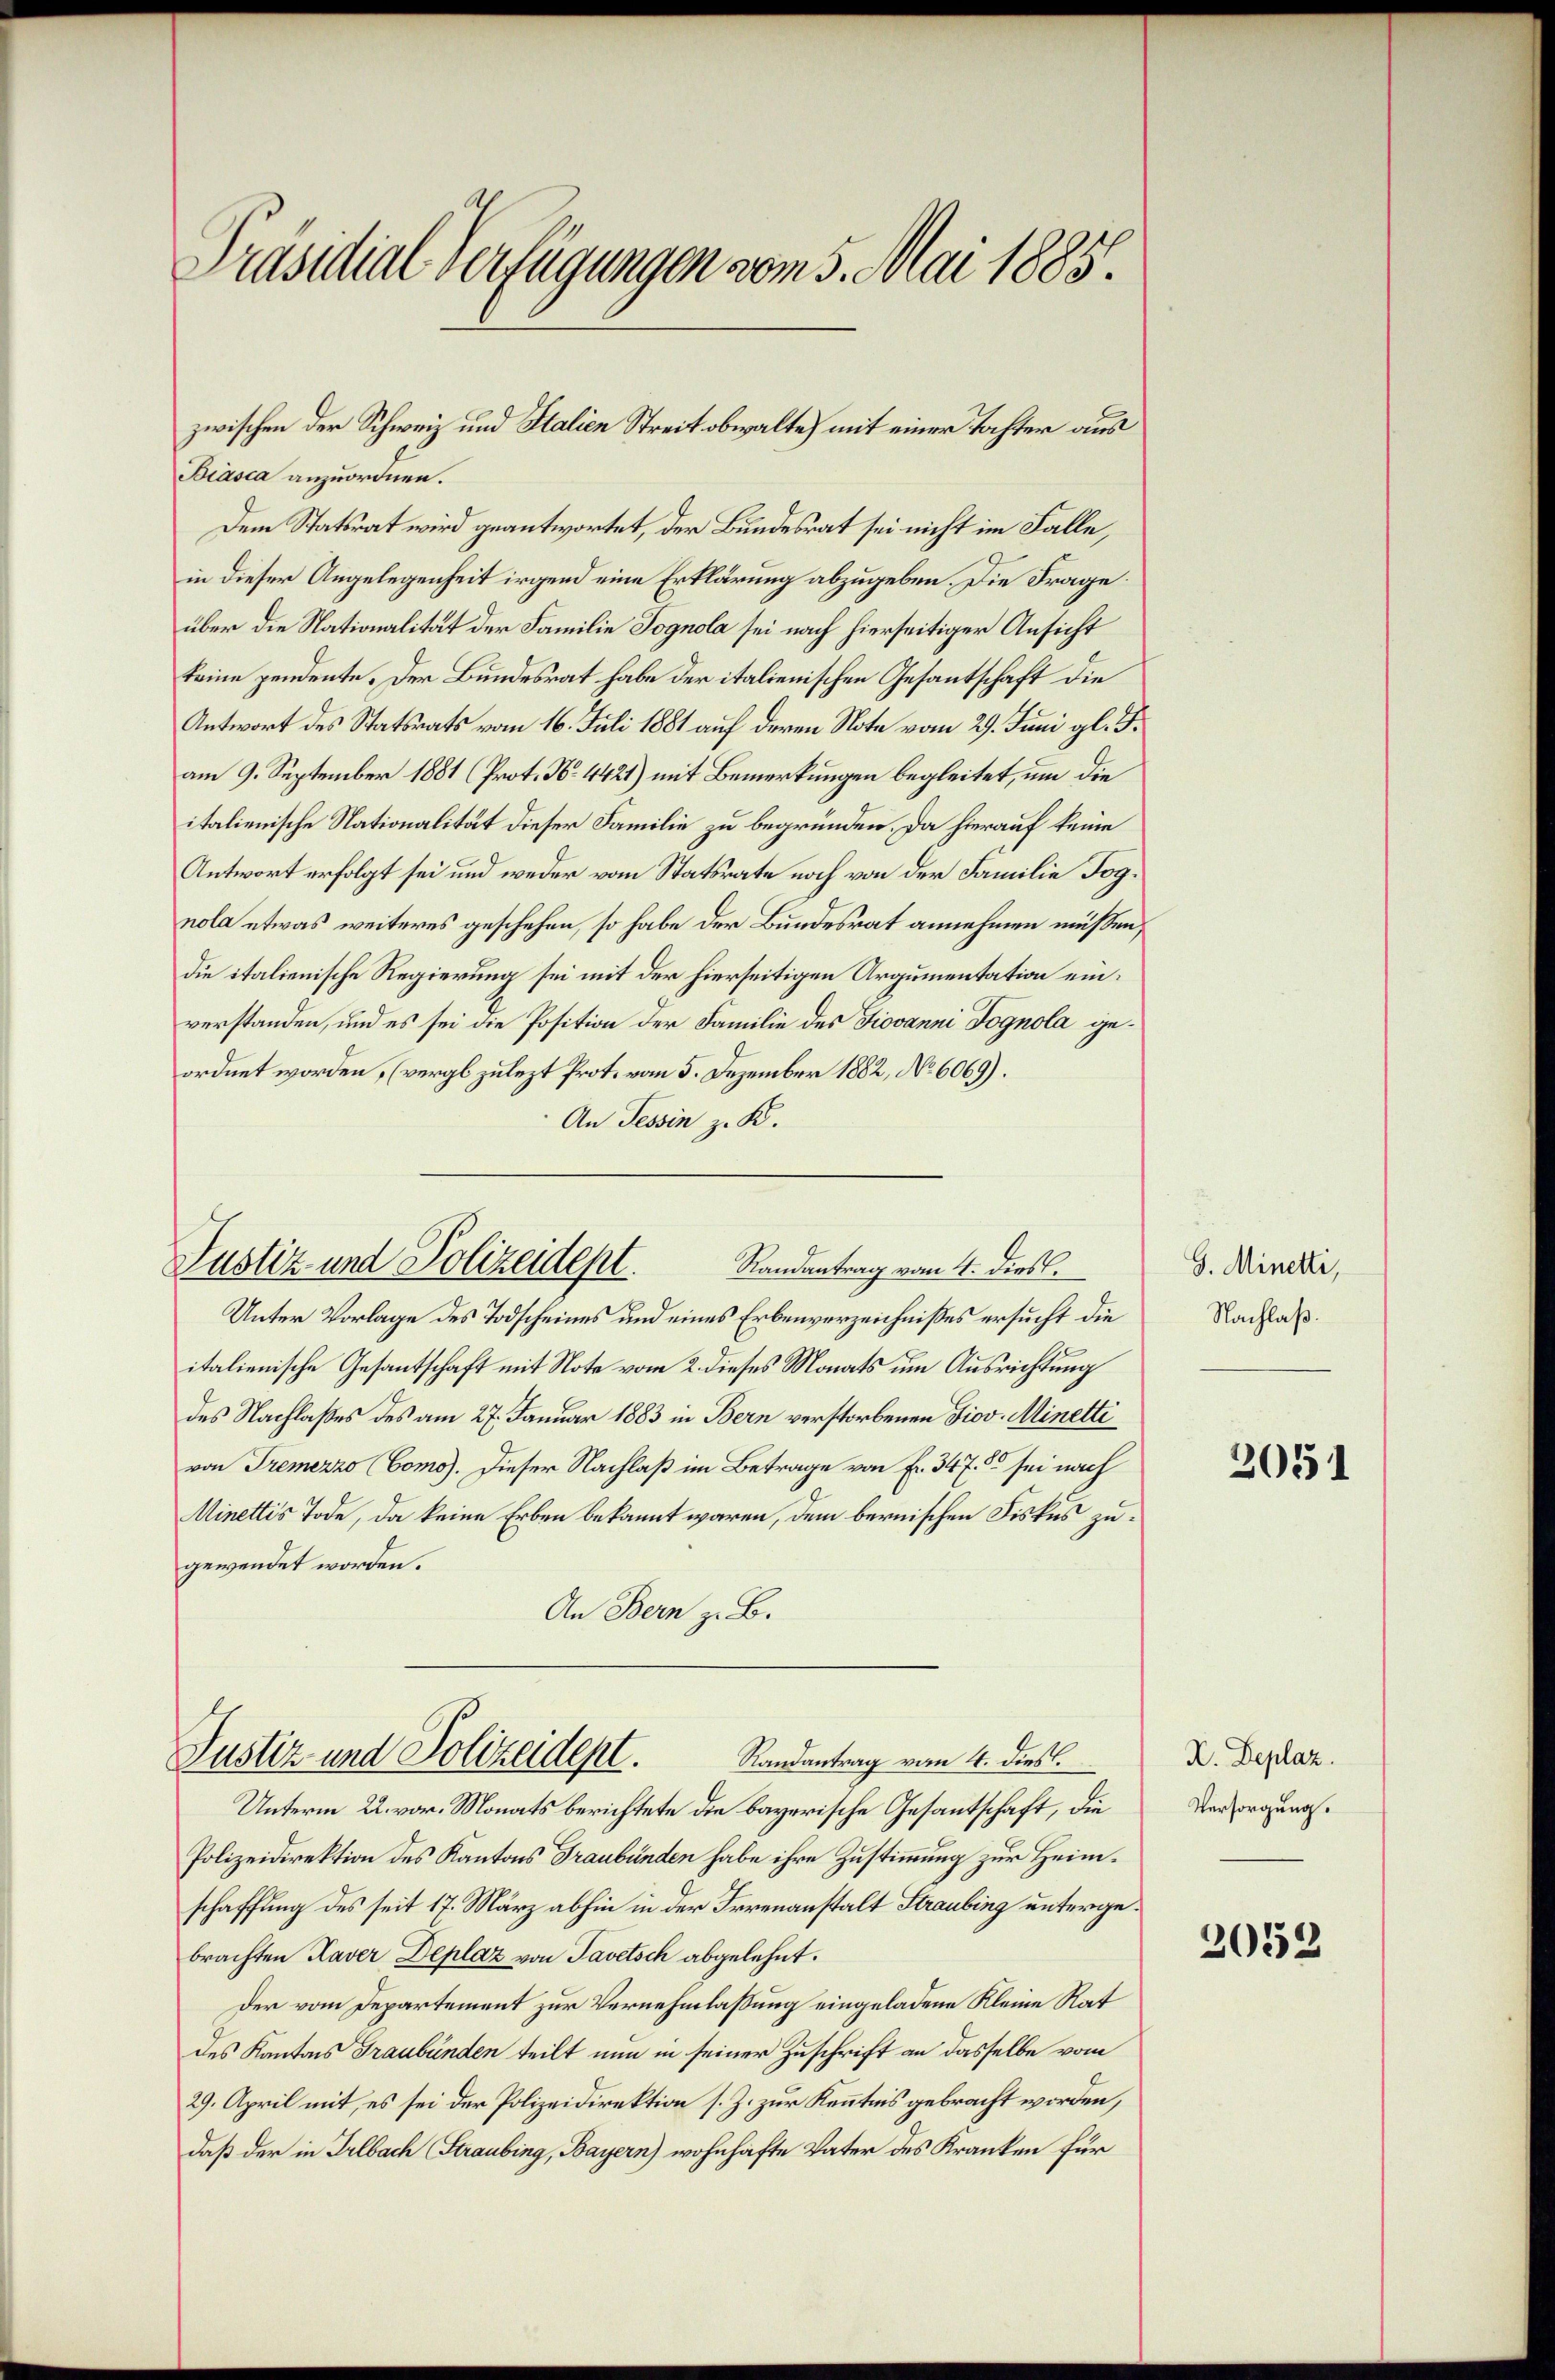
Präsidial-Verfügungen vom 5. Mai 1885.

Dem Statsrat wird geantwortet, der Bundesrat sei nicht im Falle,
in dieser Angelegenheit irgend eine Erklärung abzugeben. Die Frage:
über die Nationalität der Familie Jognola sei nach hierseitiger Ansicht
keine pendente. Der Bundesrat habe der italienischen Gesandtschaft die
Antwort des Statsrats vom 16. Juli 1881 auf deren Nota vom 29. Juni gl. F.
am 9. September 1881 (Prot. No. 4421) mit Bemerkungen begleitet, um die
italienische Nationalität dieser Familie zu begründen. Da hierauf keine
Antwort erfolgt sei und weder vom Statsrate noch von der Familie Jognola etwas weiteres geschehen, so habe der Bundesrat annehmen müßen,
die italienische Regierung sei mit der hierseitigen Argumentation einverstanden, und es sei die Position der Familie des Fiovanni Dognola geordnet worden, (vergl zulezt Prot. vom 5. Dezember 1882, No 6069).
An Tessin z. K.

zwischen der Schweiz und Stalien Streit obwalte) mit einer Tochter aus
Biasca anzuordnen.

Justiz und Polizeidept. Randantrag vom 4. dies.

Justiz- und Polizeidept. Randantrag vom 4. dies

Unter Vorlage des Todscheines und eines Erbenverzeichnißes ersucht die
italienische Gesantschaft mit Note vom 2. dieses Monats um Ausrichtung
des Nachlaßes des am 27. Januar 1883 in Bern verstorbenen Diov. Minetti
von Tremezzo (Como). Dieser Nachlaß im Betrage von Fr. 347. 5. sei nach
Minettis Tode, da keine Erben bekannt waren, dem bernischen Fiskus zugewendet worden.
An Bern z. B.

Unterm 22. vor. Monats berichtete die bayerische Gesantschaft, die
Polizeidirektion des Kantons Graubünden habe ihre Zustimmung zur Heimschaffung des seit 17. März abhin in der Irrenanstalt Straubing untergebrachten Kaver Deplaz von Tavetsch abgelehnt.
Der vom Departement zur Vernehmlassung eingeladene Kleine Rat
des Kantons Graubünden teilt nun in seiner Zuschrift an dasselbe vom
29. April mit, es sei der Polizeidirektion s. Z. zur Kenntnis gebracht worden,
daß der in Irlbach (Straubing, Bayern) wohnhafte Vater des Kranken für

G. Minetti,
Nachlaß.

2051

K. Deplaz.
Versorgung.

2052